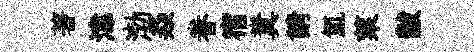
著湋渤猋眷宿糞請氳萊黻